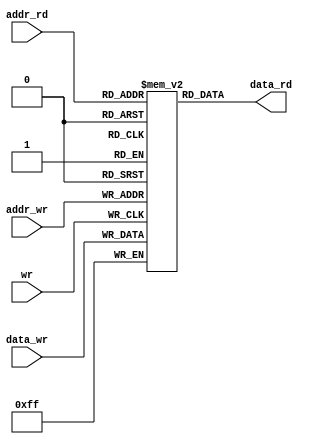
`timescale 1ns / 1ps

module ram
#(
    parameter DATA_BITWIDTH = 8,
    parameter ADDR_BITWIDTH = 8,
    parameter DEPTH = 1 << ADDR_BITWIDTH
)
(
    input   [ADDR_BITWIDTH-1:0] addr_wr,
    input   [DATA_BITWIDTH-1:0] data_wr,
    input   wr,

    input   [ADDR_BITWIDTH-1:0] addr_rd,
    output  [DATA_BITWIDTH-1:0] data_rd
);

    reg [DATA_BITWIDTH-1:0] data [0:DEPTH-1];
    
    assign data_rd = data[addr_rd];

    always @(posedge wr) begin
        data[addr_wr] <= data_wr;
    end

    initial begin : block_initial
        integer i;
        for ( i = 0 ; i < DEPTH ; i = i + 1 ) begin
            data[i] <= 0;
        end
    end
    
endmodule